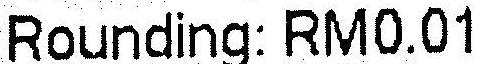
ROUNDING: RM0.01